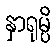
နှာရုမ္ပိ